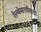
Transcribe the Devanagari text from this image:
रेल्वेमार्गांसाठी